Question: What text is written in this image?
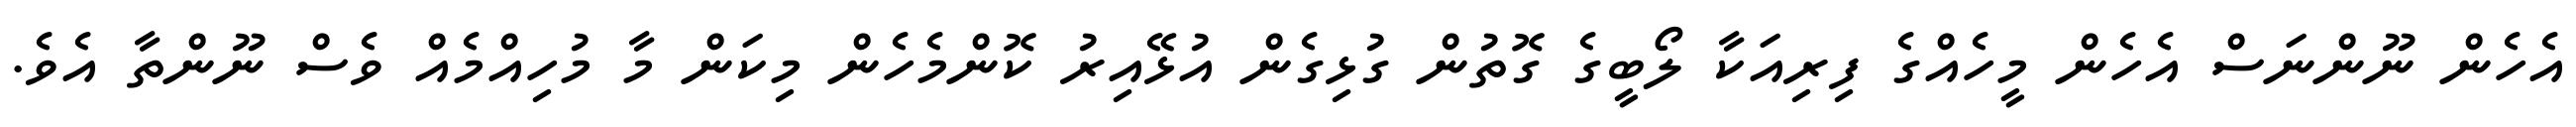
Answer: އެހެން ނޫންނަސް އެހެން މީހެއްގެ ފިރިއަކާ ލޯބީގެ ގޮތުން ގުޅިގެން އުޅޭއިރު ކޮންމެހެން މިކަން މާ މުހިއްމެއް ވެސް ނޫންތާ އެވެ.